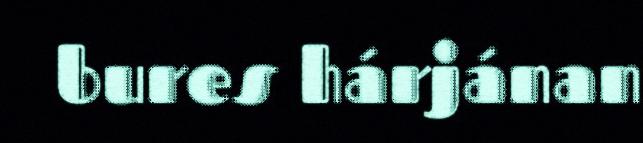
bures hárjánan